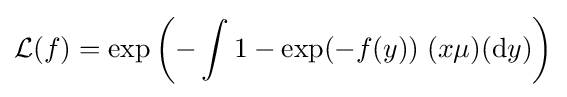
{\mathcal {L}}(f)=\exp \left(-\int 1-\exp(-f(y))\;(x\mu )(\mathrm {d} y)\right)